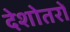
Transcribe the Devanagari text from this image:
देशोतरों